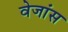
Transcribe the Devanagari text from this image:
वेजांस